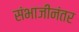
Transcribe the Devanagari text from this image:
संभाजीनंतर